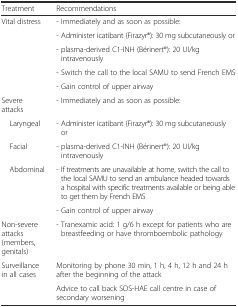
| Treatment | Recommendations |
 | --- | --- |
 | Vital distress | - Immediately and as soon as possible: |
 |  | - Administer icatibant (Firazyr®): 30 mg subcutaneously or |
 |  | - plasma-derived C1-INH (Bérinert®): 20 UI/kg intravenously |
 |  | - Switch the call to the local SAMU to send French EMS |
 |  | - Gain control of upper airway |
 | Severe attacks | - Immediately and as soon as possible: |
 | Laryngeal | - Administer icatibant (Firazyr®): 30 mg subcutaneously or |
 | Facial | - plasma-derived C1-INH (Bérinert®): 20 UI/kg intravenously |
 | Abdominal | - If treatments are unavailable at home, switch the call to the local SAMU to send an ambulance headed towards a hospital with specific treatments available or being able to get them by French EMS |
 |  | - Gain control of upper airway |
 | Non-severe attacks (members, genitals) | - Tranexamic acid: 1 g/6 h except for patients who are breastfeeding or have thromboembolic pathology |
 | Surveillance in all cases | Monitoring by phone 30 min, 1 h, 4 h, 12 h and 24 h after the beginning of the attack |
 |  | Advice to call back SOS-HAE call centre in case of secondary worsening |